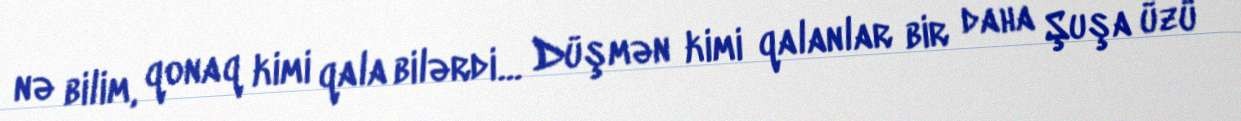
nə bilim, qonaq kimi qala bilərdi… Düşmən kimi qalanlar bir daha Şuşa üzü